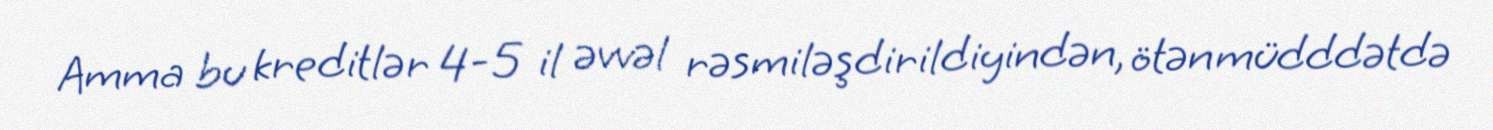
Amma bu kreditlər 4-5 il əvvəl rəsmiləşdirildiyindən, ötən müdddətdə